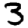
Digit: 3